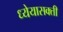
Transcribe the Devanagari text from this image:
ध्येयासक्ती